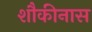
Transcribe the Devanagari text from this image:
शौकीनास